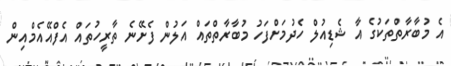
އެ މުބާރާތްތަކުގެ އާ ޝެޑިއުލް ހެދުމަށްފަހު މުބާރާތްތައް އަލުން ފެށޭނެ ތާރީހުތައް އެފްއޭއެމްއިން